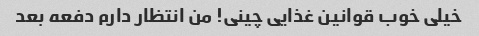
خیلی خوب قوانین غذایی چینی! من انتظار دارم دفعه بعد